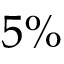
5 \%